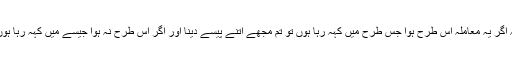
یعنی کسی چیز کے بارے میں دو آدمی اختلاف کریں اور پھر یہ طے ہو کہ اگر یہ معاملہ اس طرح ہوا جس طرح میں کہہ رہا ہوں تو تم مجھے اتنے پیسے دینا اور اگر اس طرح نہ ہوا جیسے میں کہہ رہا ہوں تو میں تمہیں اتنے پیسے دوں گا یہ شرط بازی بھی جوا ہے اورحرام ہے۔